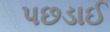
પછડાઈ